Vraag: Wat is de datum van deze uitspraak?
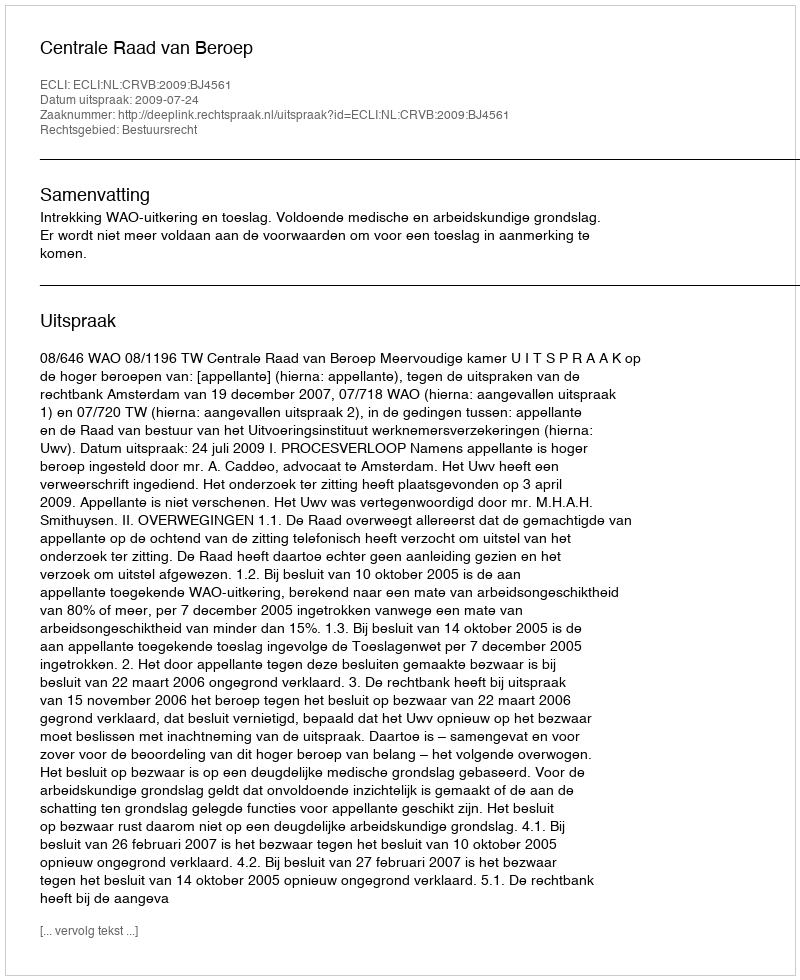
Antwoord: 2009-07-24